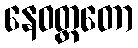
နေဝတ္တတော